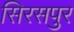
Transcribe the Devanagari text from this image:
सिरसपुर